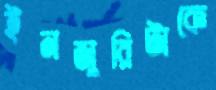
ইনজুরিটাকে